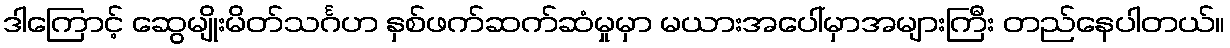
ဒါကြောင့် ဆွေမျိုးမိတ်သင်္ဂဟ နှစ်ဖက်ဆက်ဆံမှုမှာ မယားအပေါ်မှာအများကြီး တည်နေပါတယ်။